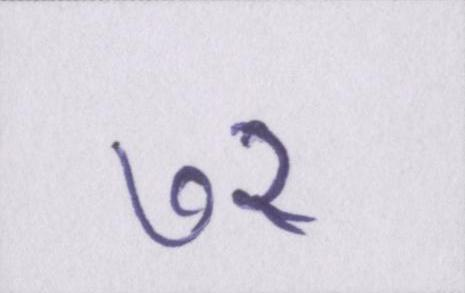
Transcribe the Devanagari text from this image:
७२